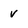
Character: v